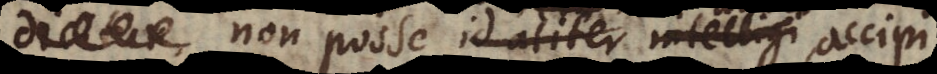
non posse id aliter intelligi accipi,